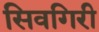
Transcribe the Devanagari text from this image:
सिवगिरी